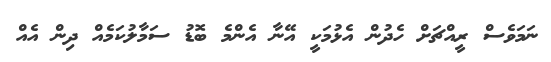
ނަމަވެސް ރީއްޗަށް ހެދުން އެޅުމަކީ އޭނާ އެންމެ ބޮޑު ސަމާލުކަމެއް ދިން އެއް